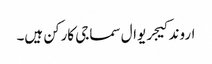
اروند کیجریوال سماجی کارکن ہیں۔